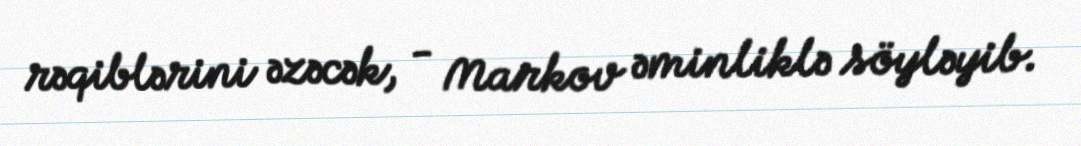
rəqiblərini əzəcək, - Markov əminliklə söyləyib.